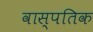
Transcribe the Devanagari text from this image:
वास्पतिक